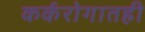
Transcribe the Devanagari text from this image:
कर्करोगातही